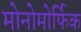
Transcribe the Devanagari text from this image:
मोनोमोर्फिक